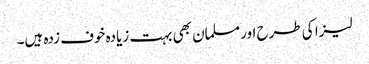
لیزا کی طرح اور مسلمان بھی بہت زیادہ خوف زدہ ہیں۔